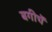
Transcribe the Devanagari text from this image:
बगीचें